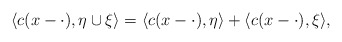
\begin{align*} \langle c(x-\cdot),\eta\cup\xi\rangle=\langle c(x-\cdot),\eta\rangle+\langle c(x-\cdot),\xi\rangle, \end{align*}